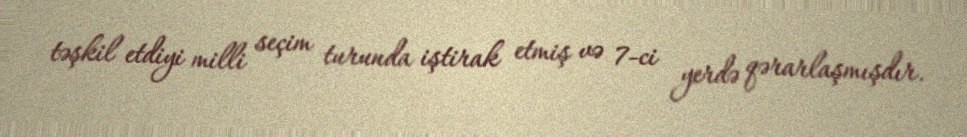
təşkil etdiyi milli seçim turunda iştirak etmiş və 7-ci yerdə qərarlaşmışdır.